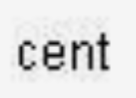
cent